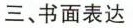
三、书面表达